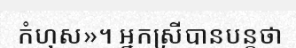
កំហុស»។ អ្នកស្រីបានបន្តថា